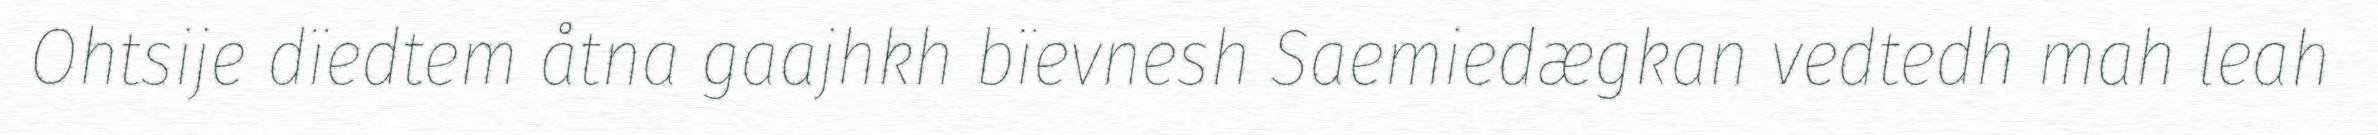
Ohtsije dïedtem åtna gaajhkh bïevnesh Saemiedægkan vedtedh mah leah